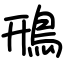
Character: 鳽